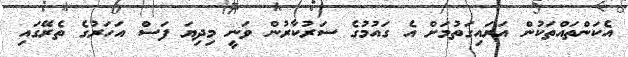
އެކަންތައްތަކުން އަރައިގަތުމަށް އެ ގައުމުގެ ސަރުކާރުން ވަނީ މިދިޔަ ފަސް އަހަރުގެ ތެރޭގައި